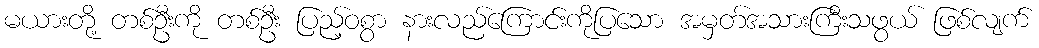
မယားတို့ တစ်ဦးကို တစ်ဦး ပြည့်ဝစွာ နားလည်ကြောင်းကိုပြသော အမှတ်အသားကြီးသဖွယ် ဖြစ်လျက်